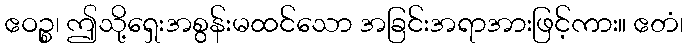
ဧဝဉ္စ၊ ဤသို့ရှေးအစွန်းမထင်သော အခြင်းအရာအားဖြင့်ကား။ ဧတံ၊